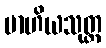
ဗာဟိယသုတ္တ